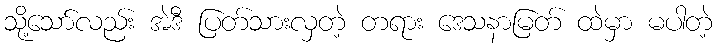
သို့သော်လည်း အဲဒီ ပြတ်သားလှတဲ့ တရား ဒေသနာမြတ် ထဲမှာ မပါတဲ့